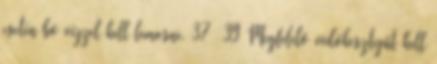
esetén bő vízzel kell lemosni. 37 39 Megfelelő védőkesztyűt kell